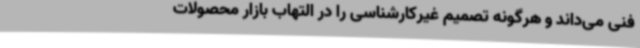
فنی می‌داند و هرگونه تصمیم غیرکارشناسی را در التهاب بازار محصولات